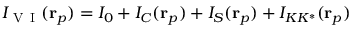
I _ { \mathrm { ~ V ~ I ~ } } ( \mathbf { r } _ { p } ) = I _ { 0 } + I _ { C } ( \mathbf { r } _ { p } ) + I _ { S } ( \mathbf { r } _ { p } ) + I _ { K K ^ { * } } ( \mathbf { r } _ { p } )